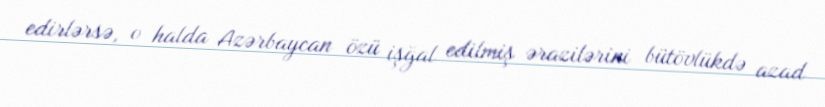
edirlərsə, o halda Azərbaycan özü işğal edilmiş ərazilərini bütövlükdə azad